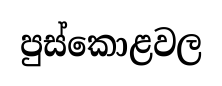
පුස්කොළවල